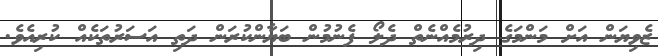
ޒެވިޔަން އަށް މަންމަގެ ދިރުމެއްނެތް ދެލޯ ފެނުމުން ބަޔާންކުރަން ދަތި އަސަރުތަކެއް ކުރިއެވެ.